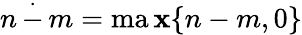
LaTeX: n\, {\stackrel{.}{-}}\, m=\operatorname*{ma\mathbf{x}}\{ n-m,0\}